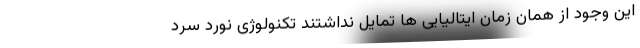
این وجود از همان زمان ایتالیایی ها تمایل نداشتند تکنولوژی نورد سرد